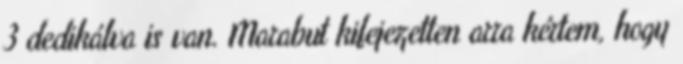
3 dedikálva is van. Marabut kifejezetten arra kértem, hogy